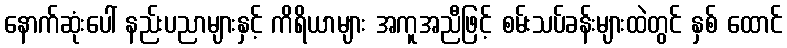
နောက်ဆုံးပေါ် နည်းပညာများနှင့် ကိရိယာများ အကူအညီဖြင့် စမ်းသပ်ခန်းများထဲတွင် နှစ် ထောင်